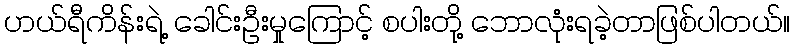
ဟယ်ရီကိန်းရဲ့ ခေါင်းဦးမှုကြောင့် စပါးတို့ ဘောလုံးရခဲ့တာဖြစ်ပါတယ်။